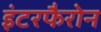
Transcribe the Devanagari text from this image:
इंटरफैरोन